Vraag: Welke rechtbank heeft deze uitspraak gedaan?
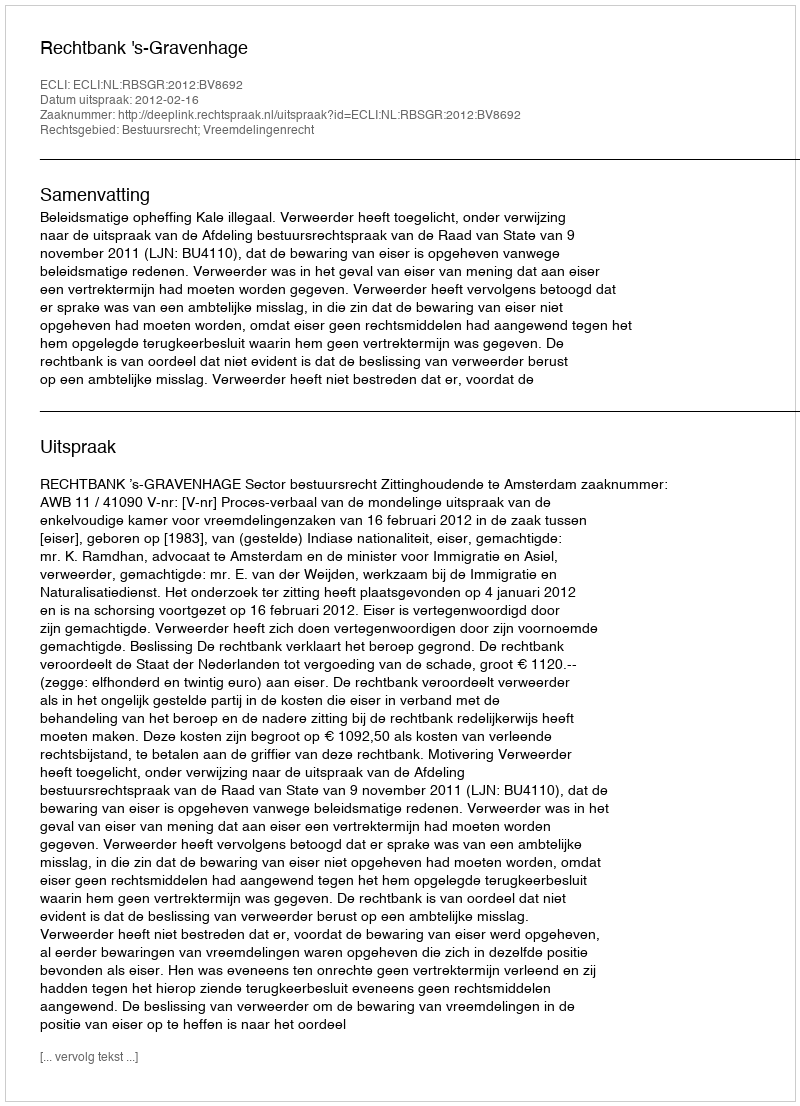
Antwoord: Rechtbank 's-Gravenhage